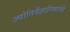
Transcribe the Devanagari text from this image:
ज्योतिर्वैज्ञानिकांनी